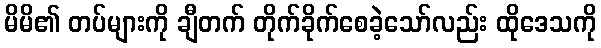
မိမိ၏ တပ်များကို ချီတက် တိုက်ခိုက်စေခဲ့သော်လည်း ထိုဒေသကို